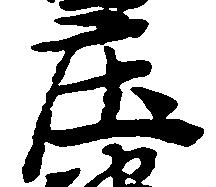
庄